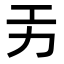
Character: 𭄟